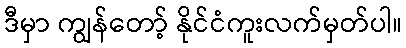
ဒီမှာ ကျွန်တော့် နိုင်ငံကူးလက်မှတ်ပါ။